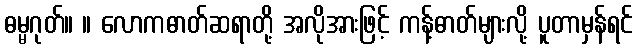
ဓမ္မဂုတ်။ ။ လောကဓာတ်ဆရာတို့ အလိုအားဖြင့် ကန့်ဓာတ်များလို့ ပူတာမှန်ရင်